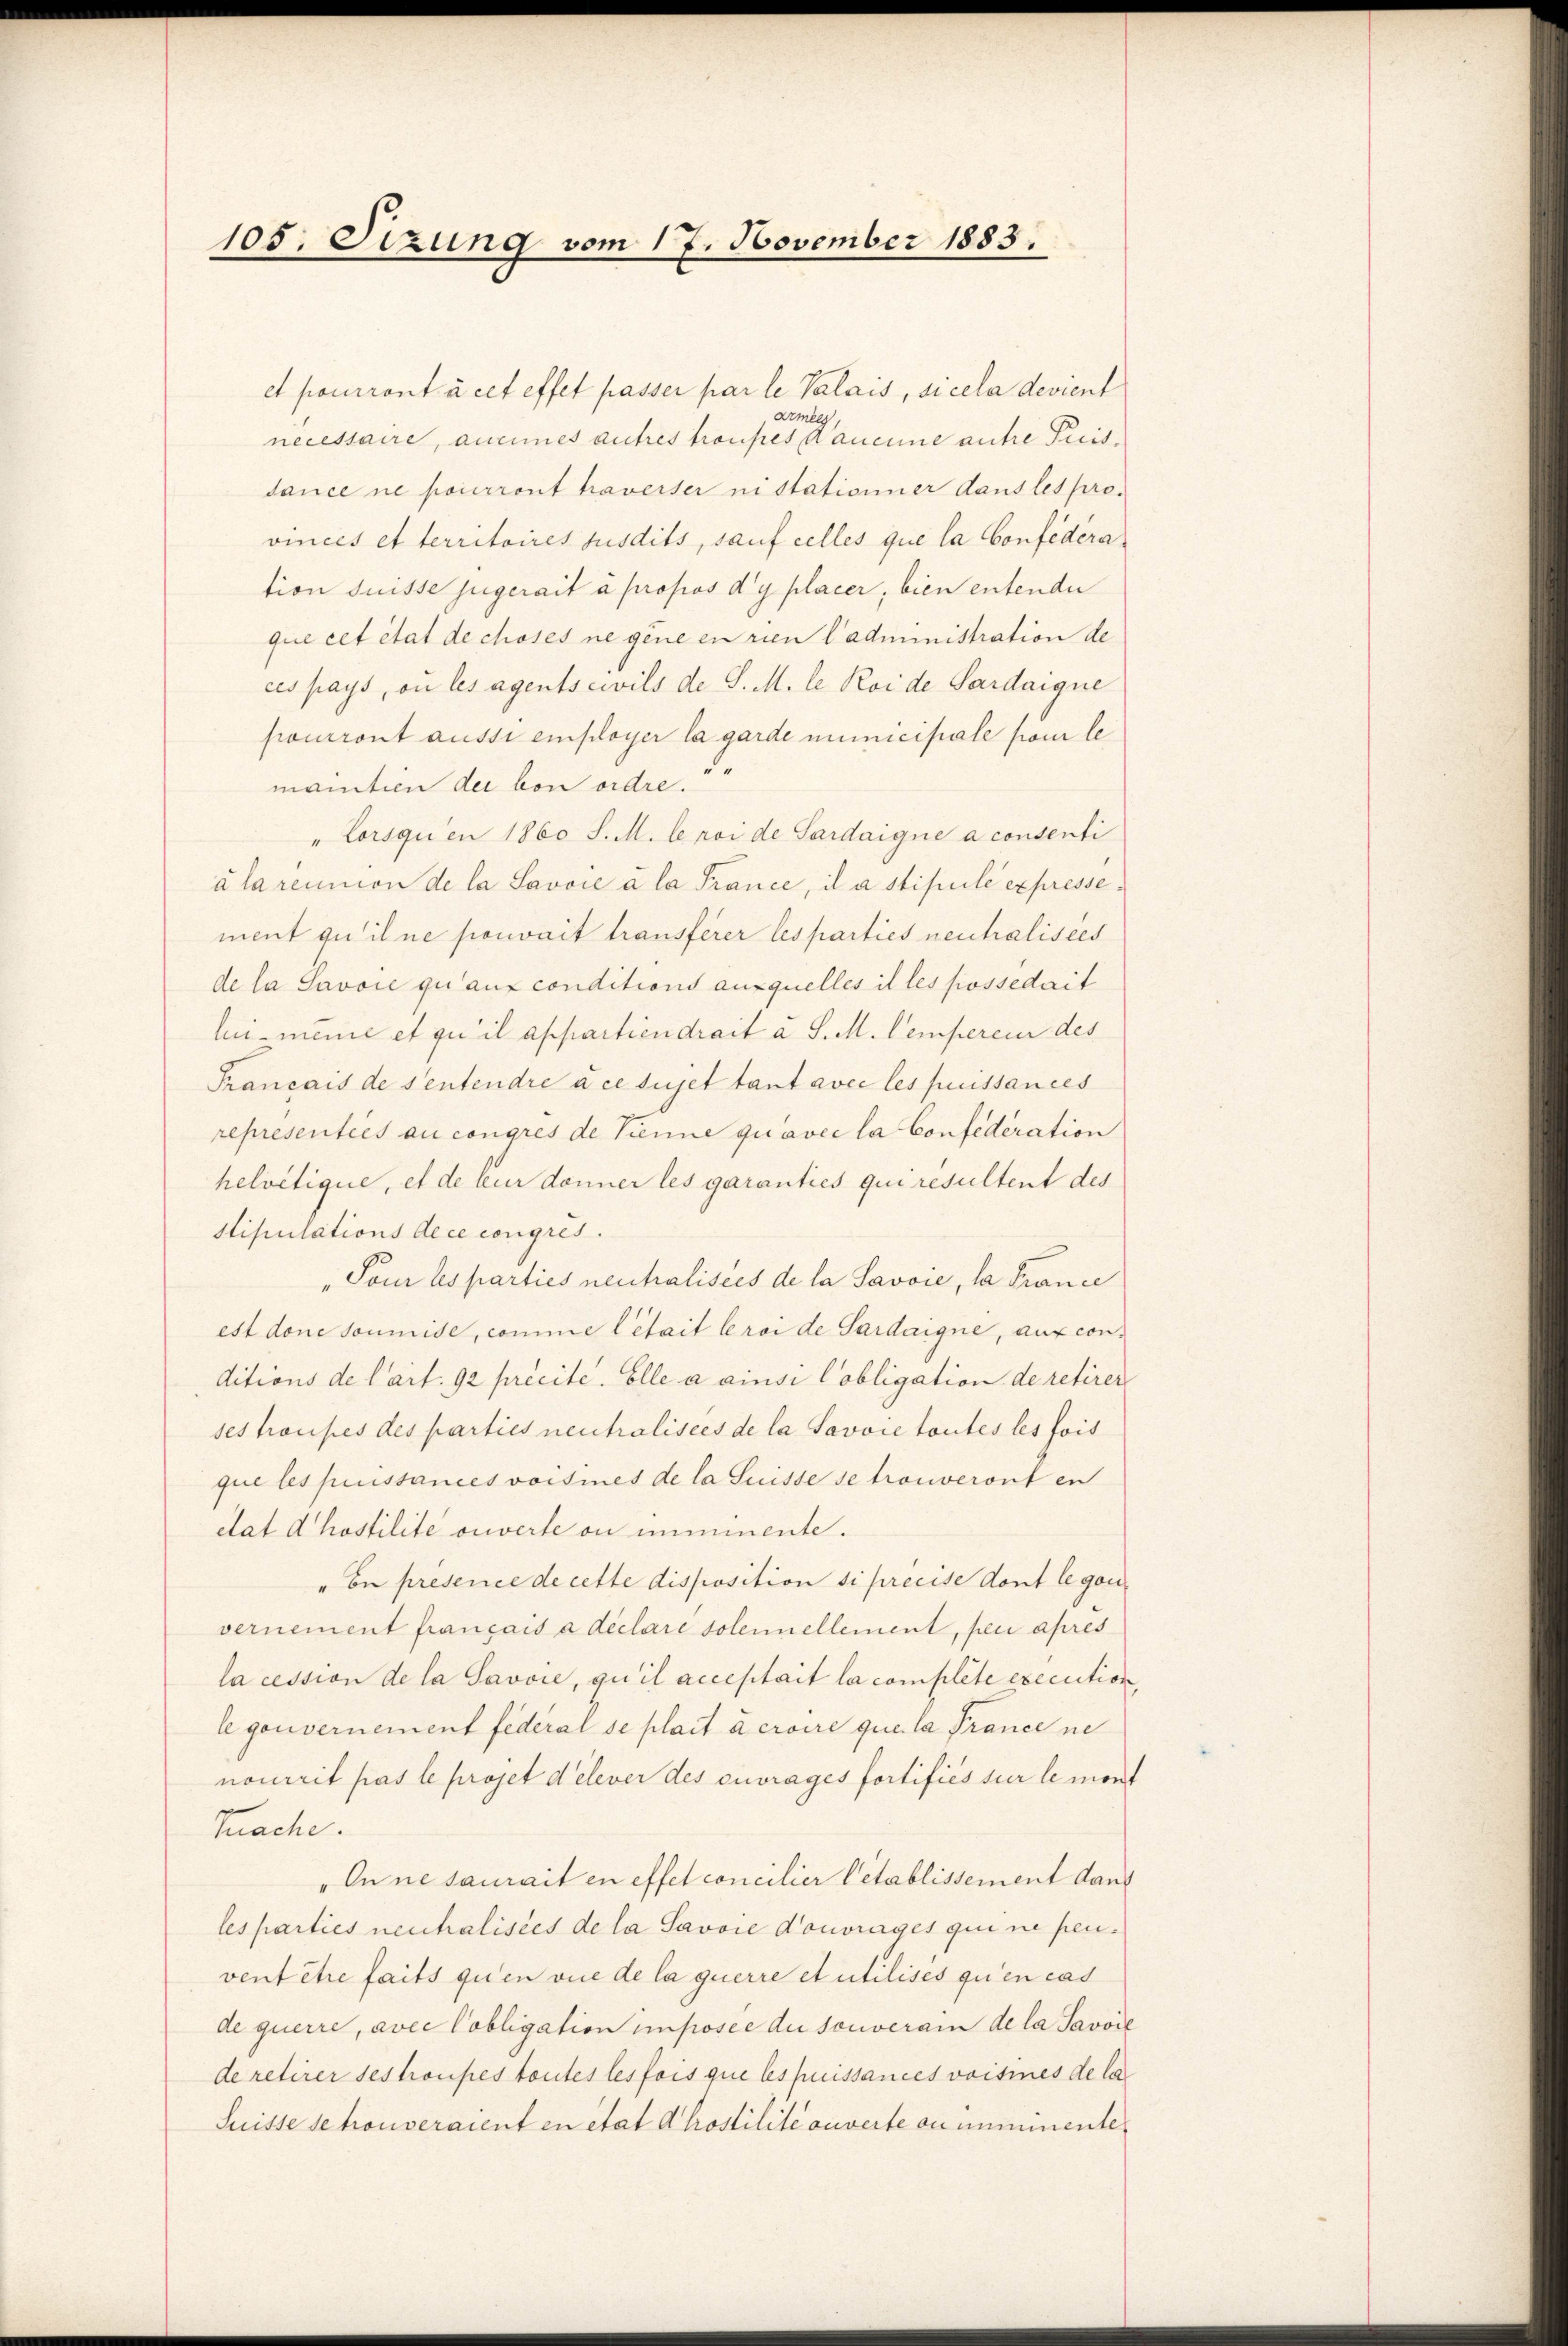
105. Sizung vom 17. November 1883.

et pourront à cet effet passer par le Palais, si cela devient
Armees
necessaire, ancines autres troupes daucune antre Preis.
sance ne pourront traverser ni stationier dans les provinces et territoires susdits, sauf celles que la Confedera
tion Suisse jugerait à propos d’y placer, bien entende
que cet état de choses ne gene en rien Cadministration de
ces pays, ou les agents civils de S. M. le Roide Sardaique
pourront aussi employer la garde municipale vom le
mantien der von ordre.
" Lorsquien 1860 S. M. le roi de Sardaigne a consenti
álarennion de la Savoie à la France, il a stipule expressement qu’il ne pouvait träusserer les parties neutralisées
de la Savoie qui auf conditions auxquelles il les possédait
li meine et qu’il appartiendrait a S. M. Cempereur des
Français de sentendre à ce sujet tant avec les puissances
representies au congrés de Tenne qu’avec la Confederation
helvetique, et de leur donner les garanties qui resultent des
Stipulations dece congres.
„Pour les parties neutralisées de la Savoie, la France
est done soumise, comme létait leroide Sardaigne, auf conditions de l’art. 92 précite. Elle a ainsi Cobligation de retirer
ses troupes des parties neutralisces de la Savore toutes les fois
que les puissances voisines de la Suisse se trouveront en
ctat dhostilité ouverte ou immente.
" be présence de cette disposition si precise dont leganvernement français à déclare solennellement, peu apres
la cession de la Savoie, qu’il acceptait la complete execution,
legouvernement fédéral se plact acroire que la France ne
nourrit pas le projet d’élever des ouvrages fortifiés sur le mont
Rache.
„On ne saurait en effet concilier Petablissement dann
les parties neuhalisées de la Savoie Douvrages qui ne penvent être faits qu’en vie de la querre et utilises qu’en cas
de querre, avec Cobligation imposée du souverain de la Savoie
de retirer ses troupes toutes les fois que les puissances voisines de la
Suisse se trouveraient en état Ahrostilité ouverte ou unmimente